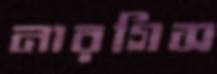
নারগিস